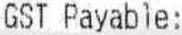
GST PAYABLE: